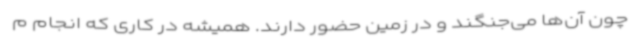
چون آن‌ها می‌جنگند و در زمین حضور دارند. همیشه در کاری که انجام م